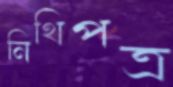
নিথিপত্র